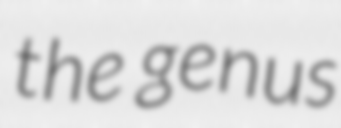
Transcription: the genus